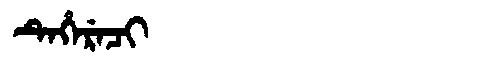
Manchu: ᡨᡝᡥᡝᡵᡝᠴᡳ
Romanization: TEHERECI